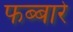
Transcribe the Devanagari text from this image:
फब्बारे